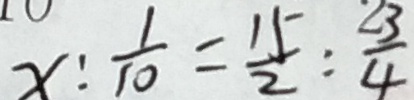
x : \frac { 1 } { 1 0 } = \frac { 1 5 } { 2 } : \frac { 2 3 } { 4 }